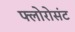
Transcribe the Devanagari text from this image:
फ्लोरोसंट